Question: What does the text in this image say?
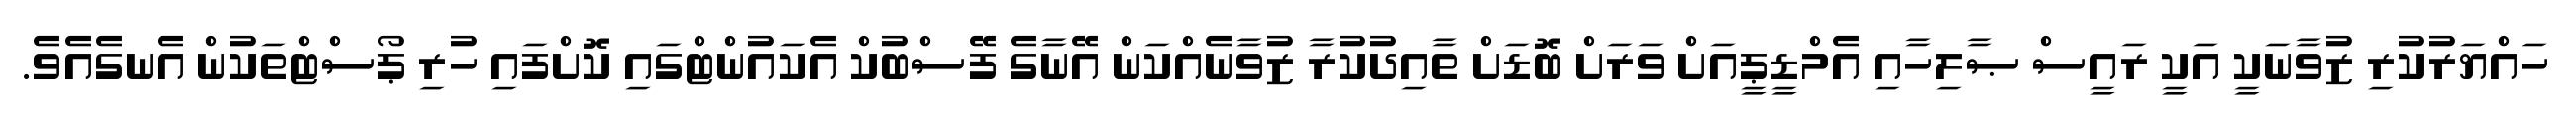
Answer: ހައްޔަރުކުރި ޒުވާނަކީ އަކީ ރައީސް ޞާލިހާއި އެމްޑީޕީއަށް ވަރަށް ބޮޑަށް ތާއިދުކުރާ ޒުވާނެއްކަން އޭނާގެ ފޭސްބުކް އެކައުންޓްގައި ކޮށްފައި ހުރި ޕޯސްޓްތަކުން އެނގެއެވެ.